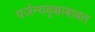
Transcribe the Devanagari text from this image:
पर्जन्यवृक्षाबाबत